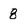
Character: 8